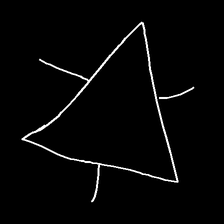
Glyph: fire